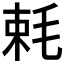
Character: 𣭵